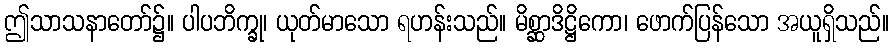
ဤသာသနာတော်၌။ ပါပဘိက္ခု၊ ယုတ်မာသော ရဟန်းသည်။ မိစ္ဆာဒိဋ္ဌိကော၊ ဖောက်ပြန်သော အယူရှိသည်။